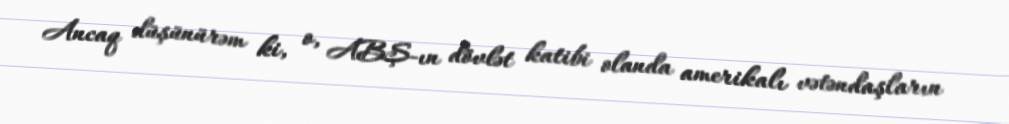
Ancaq düşünürəm ki, o, ABŞ-ın dövlət katibi olanda amerikalı vətəndaşların